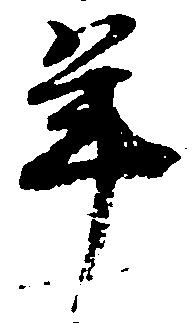
年